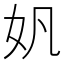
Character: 𫰉